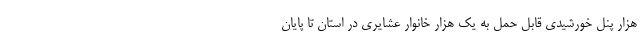
هزار پنل خورشیدی قابل حمل به یک هزار خانوار عشایری در استان تا پایان